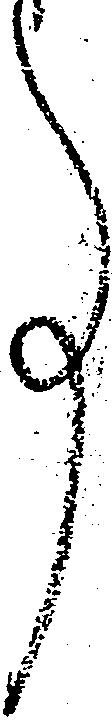
事